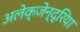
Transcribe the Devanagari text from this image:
अलेक्जेन्द्रिया